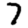
Digit: 7